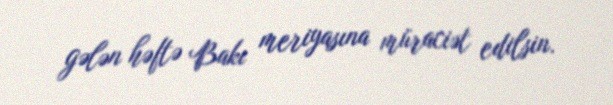
gələn həftə Bakı meriyasına müraciət edilsin.